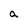
Character: a